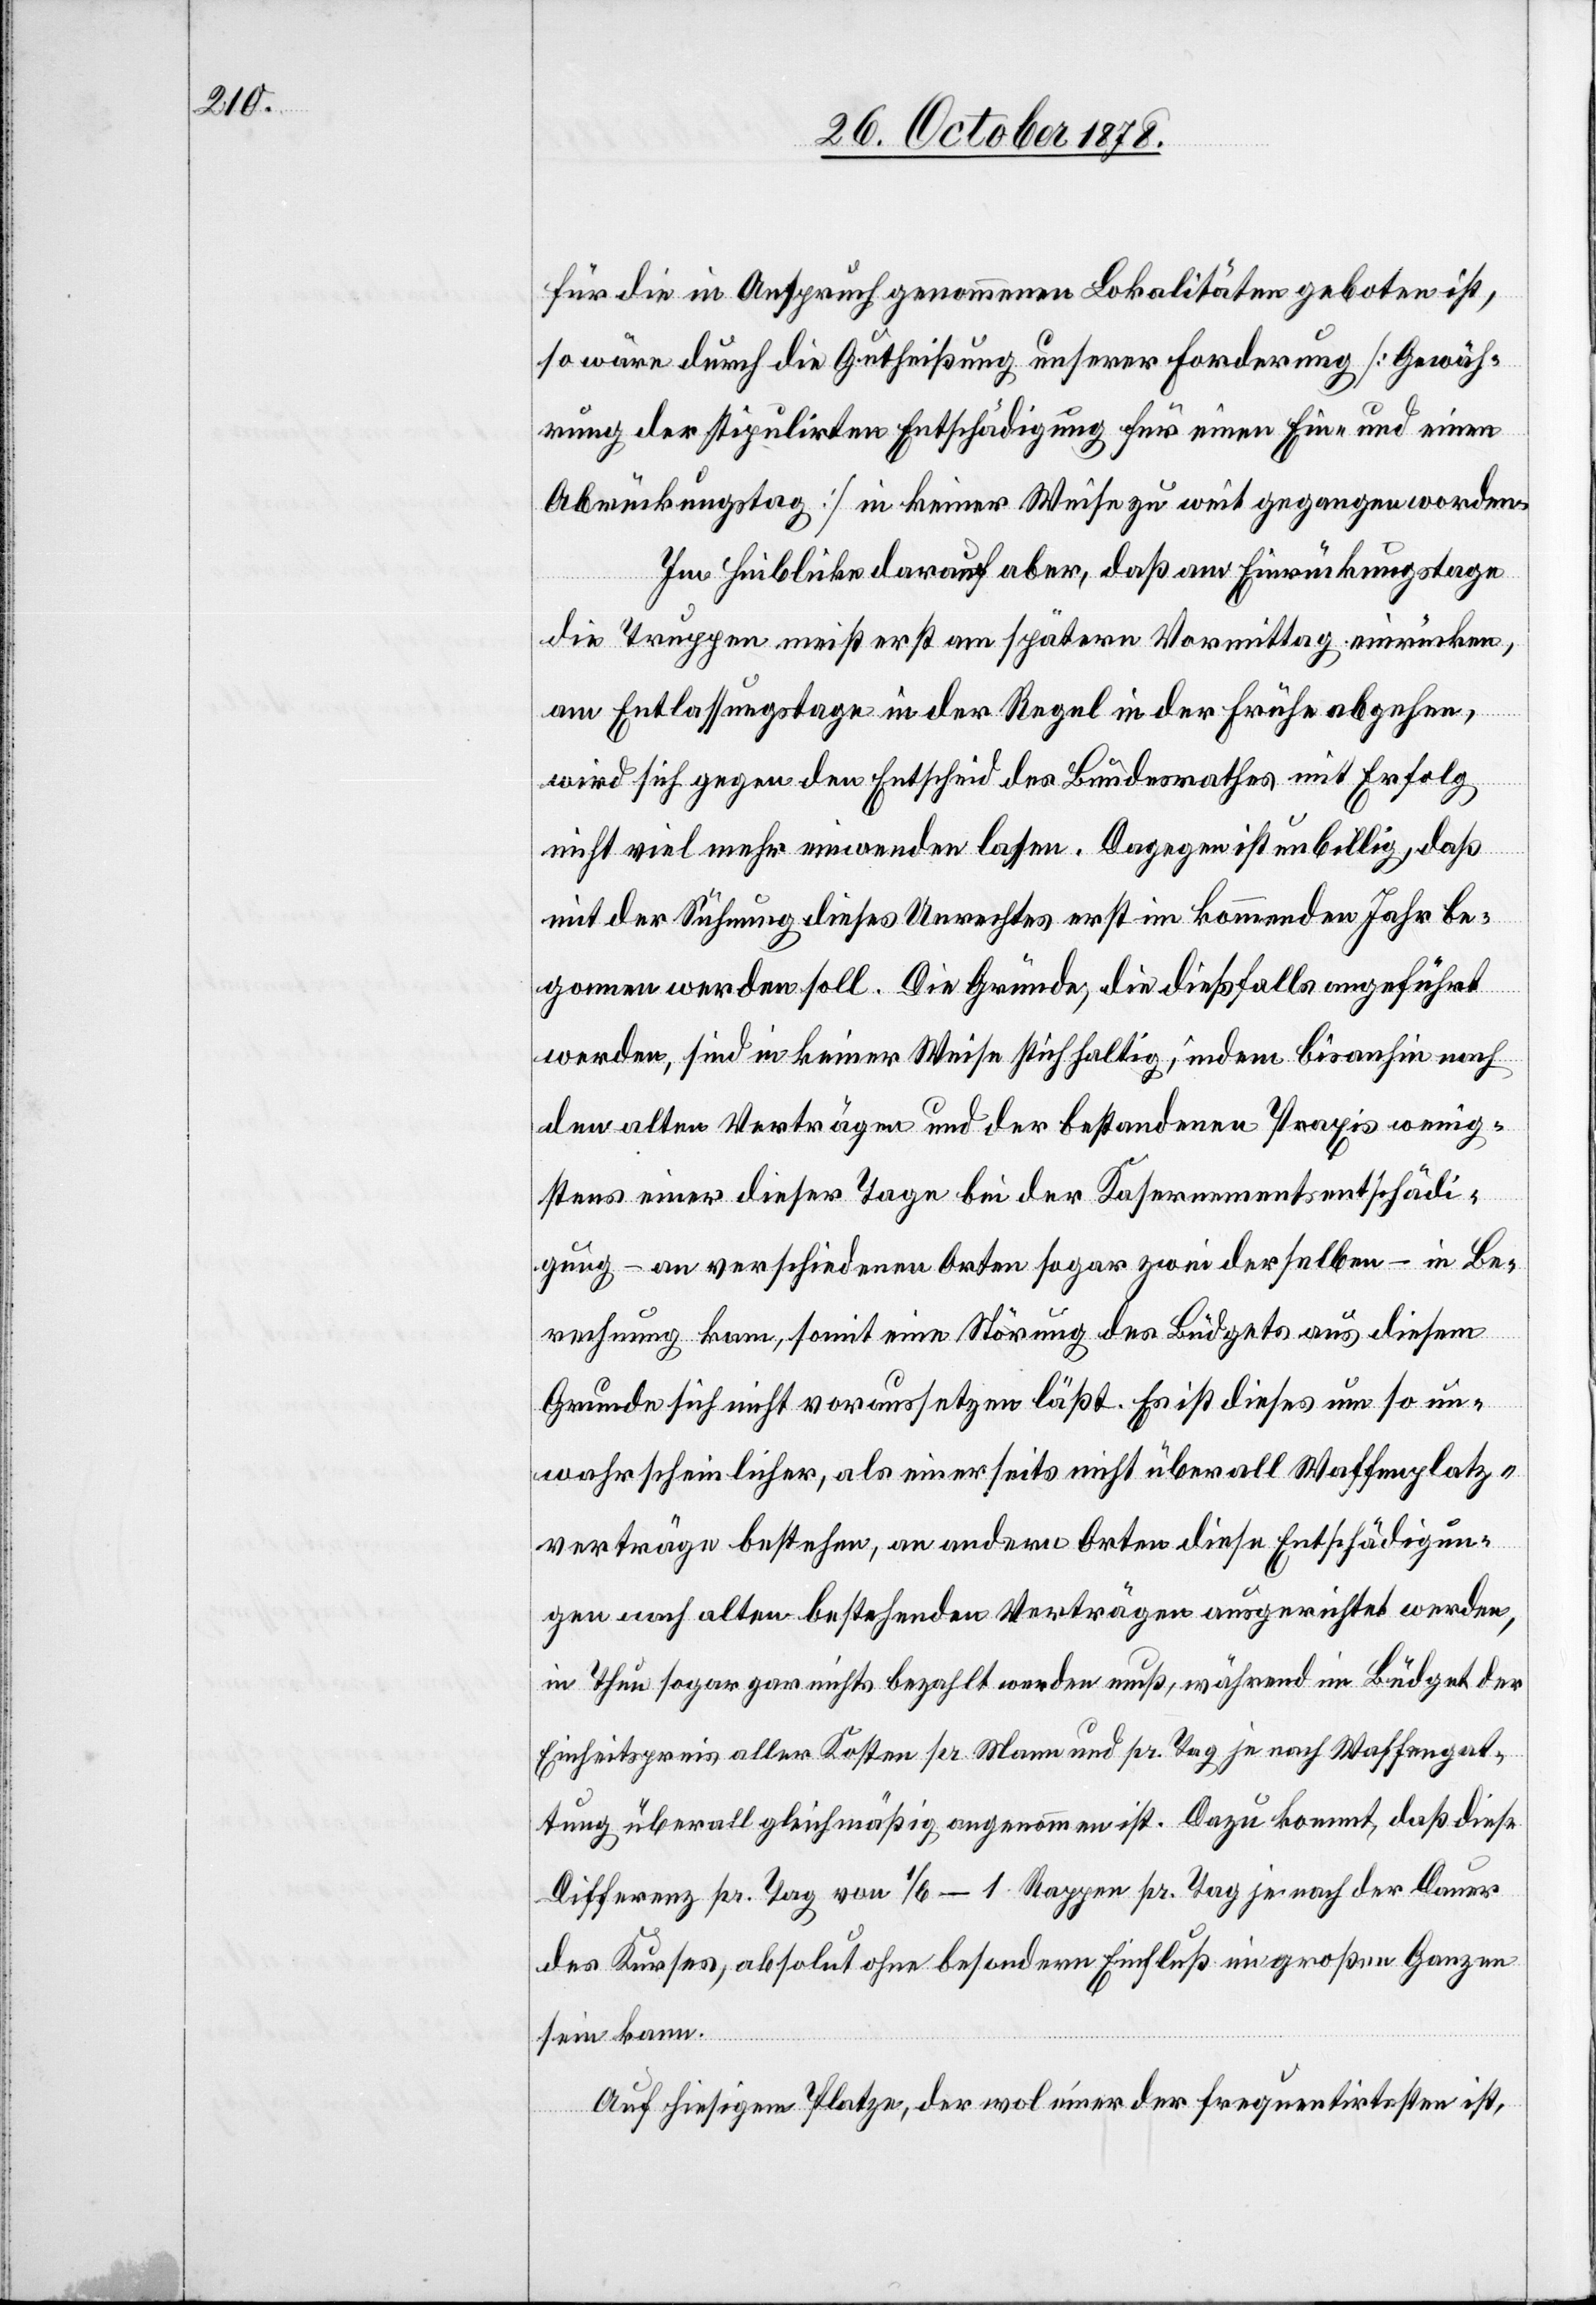
für die in Anspruch genommenen Lokalitäten geboten ist,
so wäre durch die Gutheißung unserer Forderung [Gewäh¬
rung der stipulirten Entschädigung für einen Ein- und einen
Abrückungstag] in keiner Weise zu weit gegangen worden.
Im Hinblicke darauf aber, daß am Einrückungstage
die Truppen meist erst am spätern Vormittag einrücken,
am Entlassungstage in der Regel in der Frühe abgehen,
wird sich gegen den Entscheid des Bundesrathes mit Erfolg
nicht viel mehr einwenden lassen. Dagegen ist unbillig, daß
mit der Sühnung dieses Unrechtes erst im kommenden Jahr be¬
gonnen werden soll. Die Gründe, die dießfalls angeführt
werden, sind in keiner Weise stichhaltig, indem bisanhin nach
den alten Verträgen und er bestandenen Praxis wenig¬
stens einer dieser Tage bei der Kasernementsentschädi¬
gung – an verschiedenen Orten sogar zwei derselben – in Be¬
rechnung kam, somit eine Störung des Büdgets aus diesem
Grunde sich nicht voraussetzen läßt. Es ist dieses um so un¬
wahrscheinlicher, als einerseits nicht überall Waffenplatz¬
verträge bestehen, an anderen Orten diese Entschädigun¬
gen nach alten bestehenden Verträgen ausgerichtet werden,
im Thun sogar gar nichts bezahlt werden muß, während im Büdget der
Einheitspreis aller Kosten per Mann und per Tag je nach Waffengat¬
tung überall gleichmäßig angenommen ist. Dazu kommt, daß diese
Differenz pr. Tag von 1/6 – 1 Rappen pr. Tag je nach der Dauer
des Kurses, absolut ohne besondern Einfluß im großen Ganzen
sein kann.
Auf hiesigem Platze, der wol einer der frequentirtesten ist,